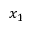
x _ { 1 }